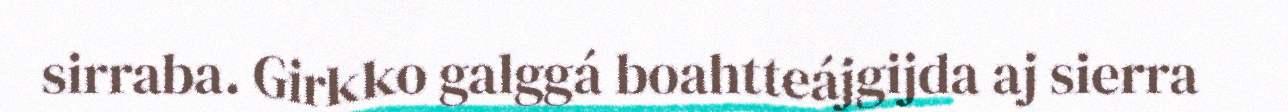
sirraba. Girkko galggá boahtteájgijda aj sierra